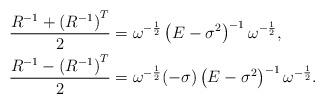
LaTeX: \begin{align*}\frac {{ R^{-1}+ (R^{-1})}^T }{2} &= \omega ^{-\frac {1}{2}} \left ( E - \sigma^2 \right )^{-1} \omega ^{-\frac {1}{2}}, \\\frac { { R^{-1}- (R^{-1})}^T }{2} &= \omega ^{-\frac {1}{2}}(-\sigma) \left ( E - \sigma^2 \right )^{-1} \omega ^{-\frac {1}{2}}.\end{align*}